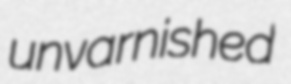
unvarnished